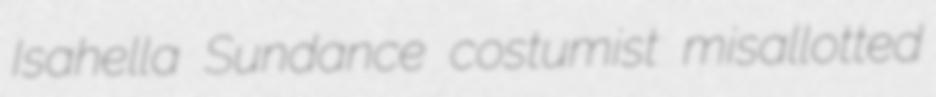
Isahella Sundance costumist misallotted